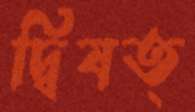
দ্বিষত্